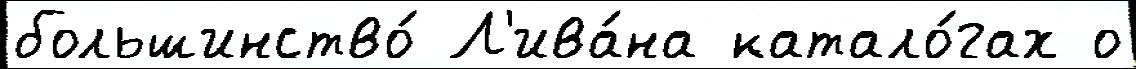
большинство́ Л'ива́на катало́гах о